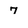
Character: 7